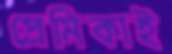
প্রেমিকাই